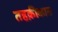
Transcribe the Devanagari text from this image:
तहक़ीकात